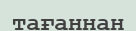
тағаннан